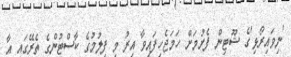
'ނިވައިރޯޅި'ގެ ޝޫޓިން ފެށުމަށް ހަމަޖެހިފައިވާ އިރު މި ފިލުމުގެ ކާސްޓުންގެ ތެރޭގައި އާ